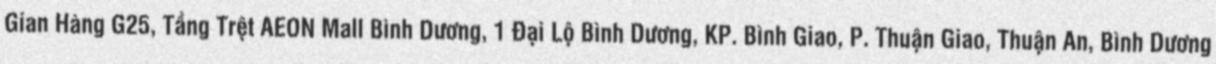
Gian Hàng G25, Tầng Trệt AEON Mall Bình Dương, 1 Đại Lộ Bình Dương, KP. Bình Giao, P. Thuận Giao, Thuận An, Bình Dương